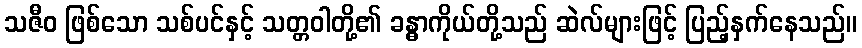
သဇီဝ ဖြစ်သော သစ်ပင်နှင့် သတ္တဝါတို့၏ ခန္ဓာကိုယ်တို့သည် ဆဲလ်များဖြင့် ပြည့်နှက်နေသည်။